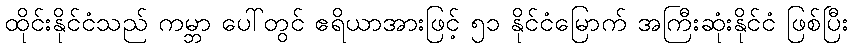
ထိုင်းနိုင်ငံသည် ကမ္ဘာ ပေါ်တွင် ဧရိယာအားဖြင့် ၅၁ နိုင်ငံမြောက် အကြီးဆုံးနိုင်ငံ ဖြစ်ပြီး